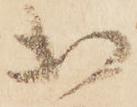
出